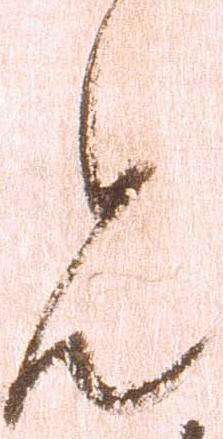
見